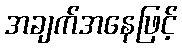
အချက်အနေဖြင့်